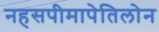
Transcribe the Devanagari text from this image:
नहसपीमापेतिलोन